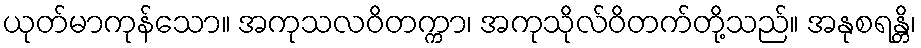
ယုတ်မာကုန်သော။ အကုသလဝိတက္ကာ၊ အကုသိုလ်ဝိတက်တို့သည်။ အနုစရန္တိ၊